Indian journal of veterinary science and animal husbandry - Volume 9,
Year: 1939
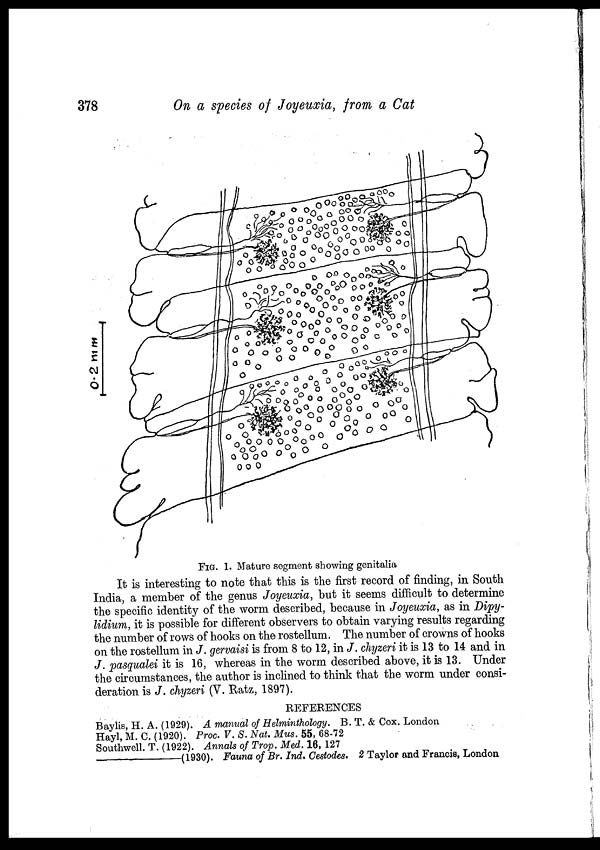
378
On a species of Joyeuxia, from a Cat
FIG. 1. Mature segment showing genitalia
It is interesting to note that this is the first record of finding, in South
India, a member of the genus Joyeuxia, but it seems difficult to determine
the specific identity of the worm described, because in Joyeuxia, as in Dipy-
lidium, it is possible for different observers to obtain varying results regarding
the number of rows of hooks on the rostellum. The number of crowns of hooks
on the rostellum in J. gervaisi is from 8 to 12, in J. chyzeri it is 13 to 14 and in
J. pasqualei it is 16, whereas in the worm described above, it is 13. Under
the circumstances, the author is inclined to think that the worm under consi-
deration is J. chyzeri (V. Ratz, 1897).
REFERENCES
Baylis, H. A. (1929). A manual of Helminthology. B. T. & Cox. London
Hayl, M. C. (1920). Proc. V. S. Nat. Mus. 55, 68-72
Southwell. T. (1922). Annals of Trop. Med. 16, 127
—(1930).
Fauna of Br. Ind. Cestodes. 2 Taylor and Francis, London